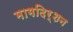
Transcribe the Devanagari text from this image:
मागदिर्शन